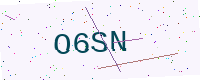
Text: O6SN